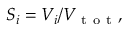
S _ { i } = V _ { i } / V _ { \mathrm { ~ t ~ o ~ t ~ } } ,